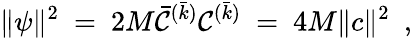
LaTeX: \| \psi\| ^{2}~=~2M{\bar{\cal C}}^{(\bar{k})}{\cal C}^{(\bar{k})}~=~4M\| c\| ^{2}\ \ ,